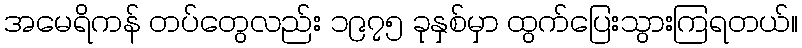
အမေရိကန် တပ်တွေလည်း ၁၉၇၅ ခုနှစ်မှာ ထွက်ပြေးသွားကြရတယ်။